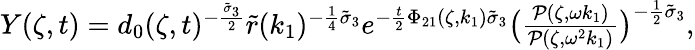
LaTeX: \begin{array}{r}{Y(\zeta,t)=d_{0}(\zeta,t)^{-\frac{\tilde{\sigma}_{3}}{2}}\tilde{r}(k_{1})^{-\frac{1}{4}\tilde{\sigma}_{3}}e^{-\frac{t}{2}\Phi_{21}(\zeta,k_{1})\tilde{\sigma}_{3}}\big(\frac{\mathcal{P}(\zeta,\omega k_{1})}{\mathcal{P}(\zeta,\omega^{2}k_{1})}\big)^{-\frac{1}{2}\tilde{\sigma}_{3}},}\end{array}